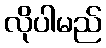
လိုပါမည်